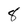
Character: 8